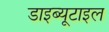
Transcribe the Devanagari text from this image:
डाइब्यूटाइल